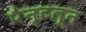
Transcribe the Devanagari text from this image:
पैन्टलून